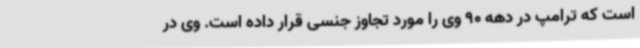
است که ترامپ در دهه 90 وی را مورد تجاوز جنسی قرار داده است. وی در